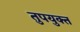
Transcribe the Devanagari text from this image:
तुपयुक्त